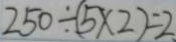
2 5 0 \div ( 5 \times 2 ) = 2